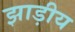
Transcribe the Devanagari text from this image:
झाड़ीय